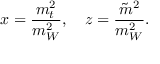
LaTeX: x = \frac { m _ { t } ^ { 2 } } { m _ { W } ^ { 2 } } , ~ ~ ~ z = \frac { \tilde { m } ^ { 2 } } { m _ { W } ^ { 2 } } .